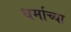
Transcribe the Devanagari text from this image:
धर्माच्‍या